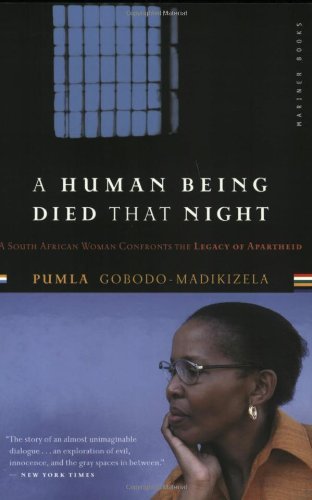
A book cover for A Human Being Died That Night: A South African Woman Confronts the Legacy of Apartheid; Pumla Gobodo-Madikizela; Biographies & Memoirs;